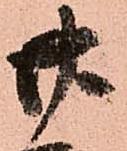
廿